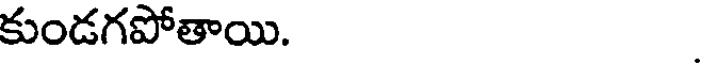
కుండగపోతాయి.